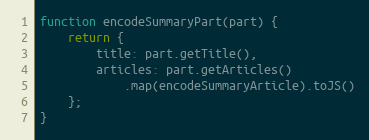
Language: JavaScript
function encodeSummaryPart(part) {
    return {
        title: part.getTitle(),
        articles: part.getArticles()
            .map(encodeSummaryArticle).toJS()
    };
}